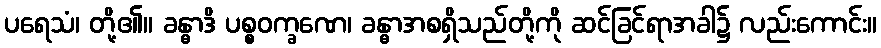
ပရေသံ၊ တို့၏။ ခန္ဓာဒိ ပစ္စဝက္ခဏေ၊ ခန္ဓာအစရှိသည်တို့ကို ဆင်ခြင်ရာအခါ၌ လည်းကောင်း။